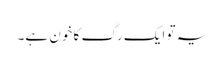
یہ تو ایک رگ کا خون ہے۔